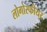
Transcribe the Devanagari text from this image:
लोगोस्फीयर